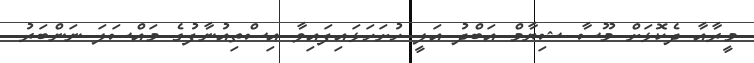
މީރާއާ ދެކޮޅަށް މޫސާ ޝިޔާމް އަބްދު އަލީ ހުށަހަޅައިފައިވާ އިސްތިއުނާފުގެ މައްސަލަ ނަންބަރު